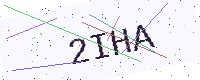
Text: 2IHA